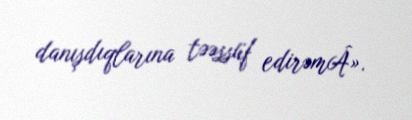
danışdıqlarına təəssüf edirəmÂ».